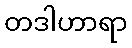
တဒါဟာရာ